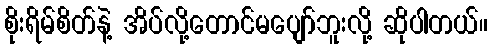
စိုးရိမ်စိတ်နဲ့ အိပ်လို့တောင်မပျော်ဘူးလို့ ဆိုပါတယ်။